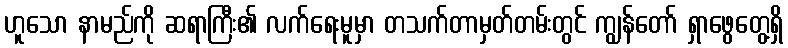
ဟူသော နာမည်ကို ဆရာကြီး၏ လက်ရေးမူမှာ တသက်တာမှတ်တမ်းတွင် ကျွန်တော် ရှာဖွေတွေ့ရှိ